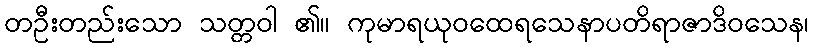
တဦးတည်းသော သတ္တဝါ ၏။ ကုမာရယုဝထေရသေနာပတိရာဇာဒိဝသေန၊